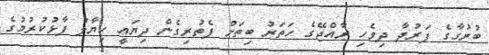
ބުރުގާގެ ފަރުދާ ދިވެހި ރާއްޖޭގެ ހަތަރު ބިތަށް ފެތުރިގެން ދިޔައީ ހިޔާލު ފާޅުކުރުމުގެ